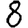
Digit: 8